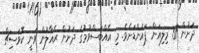
ދަށުން 31 މިލިއަން ޕައުންޑަށެވެ. މި އެއްބަސްވުމުގެ ދަށުން ރެއާލުން ވަނީ ކޮވަސިޗް